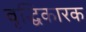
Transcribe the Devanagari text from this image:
वृद्धिकारक